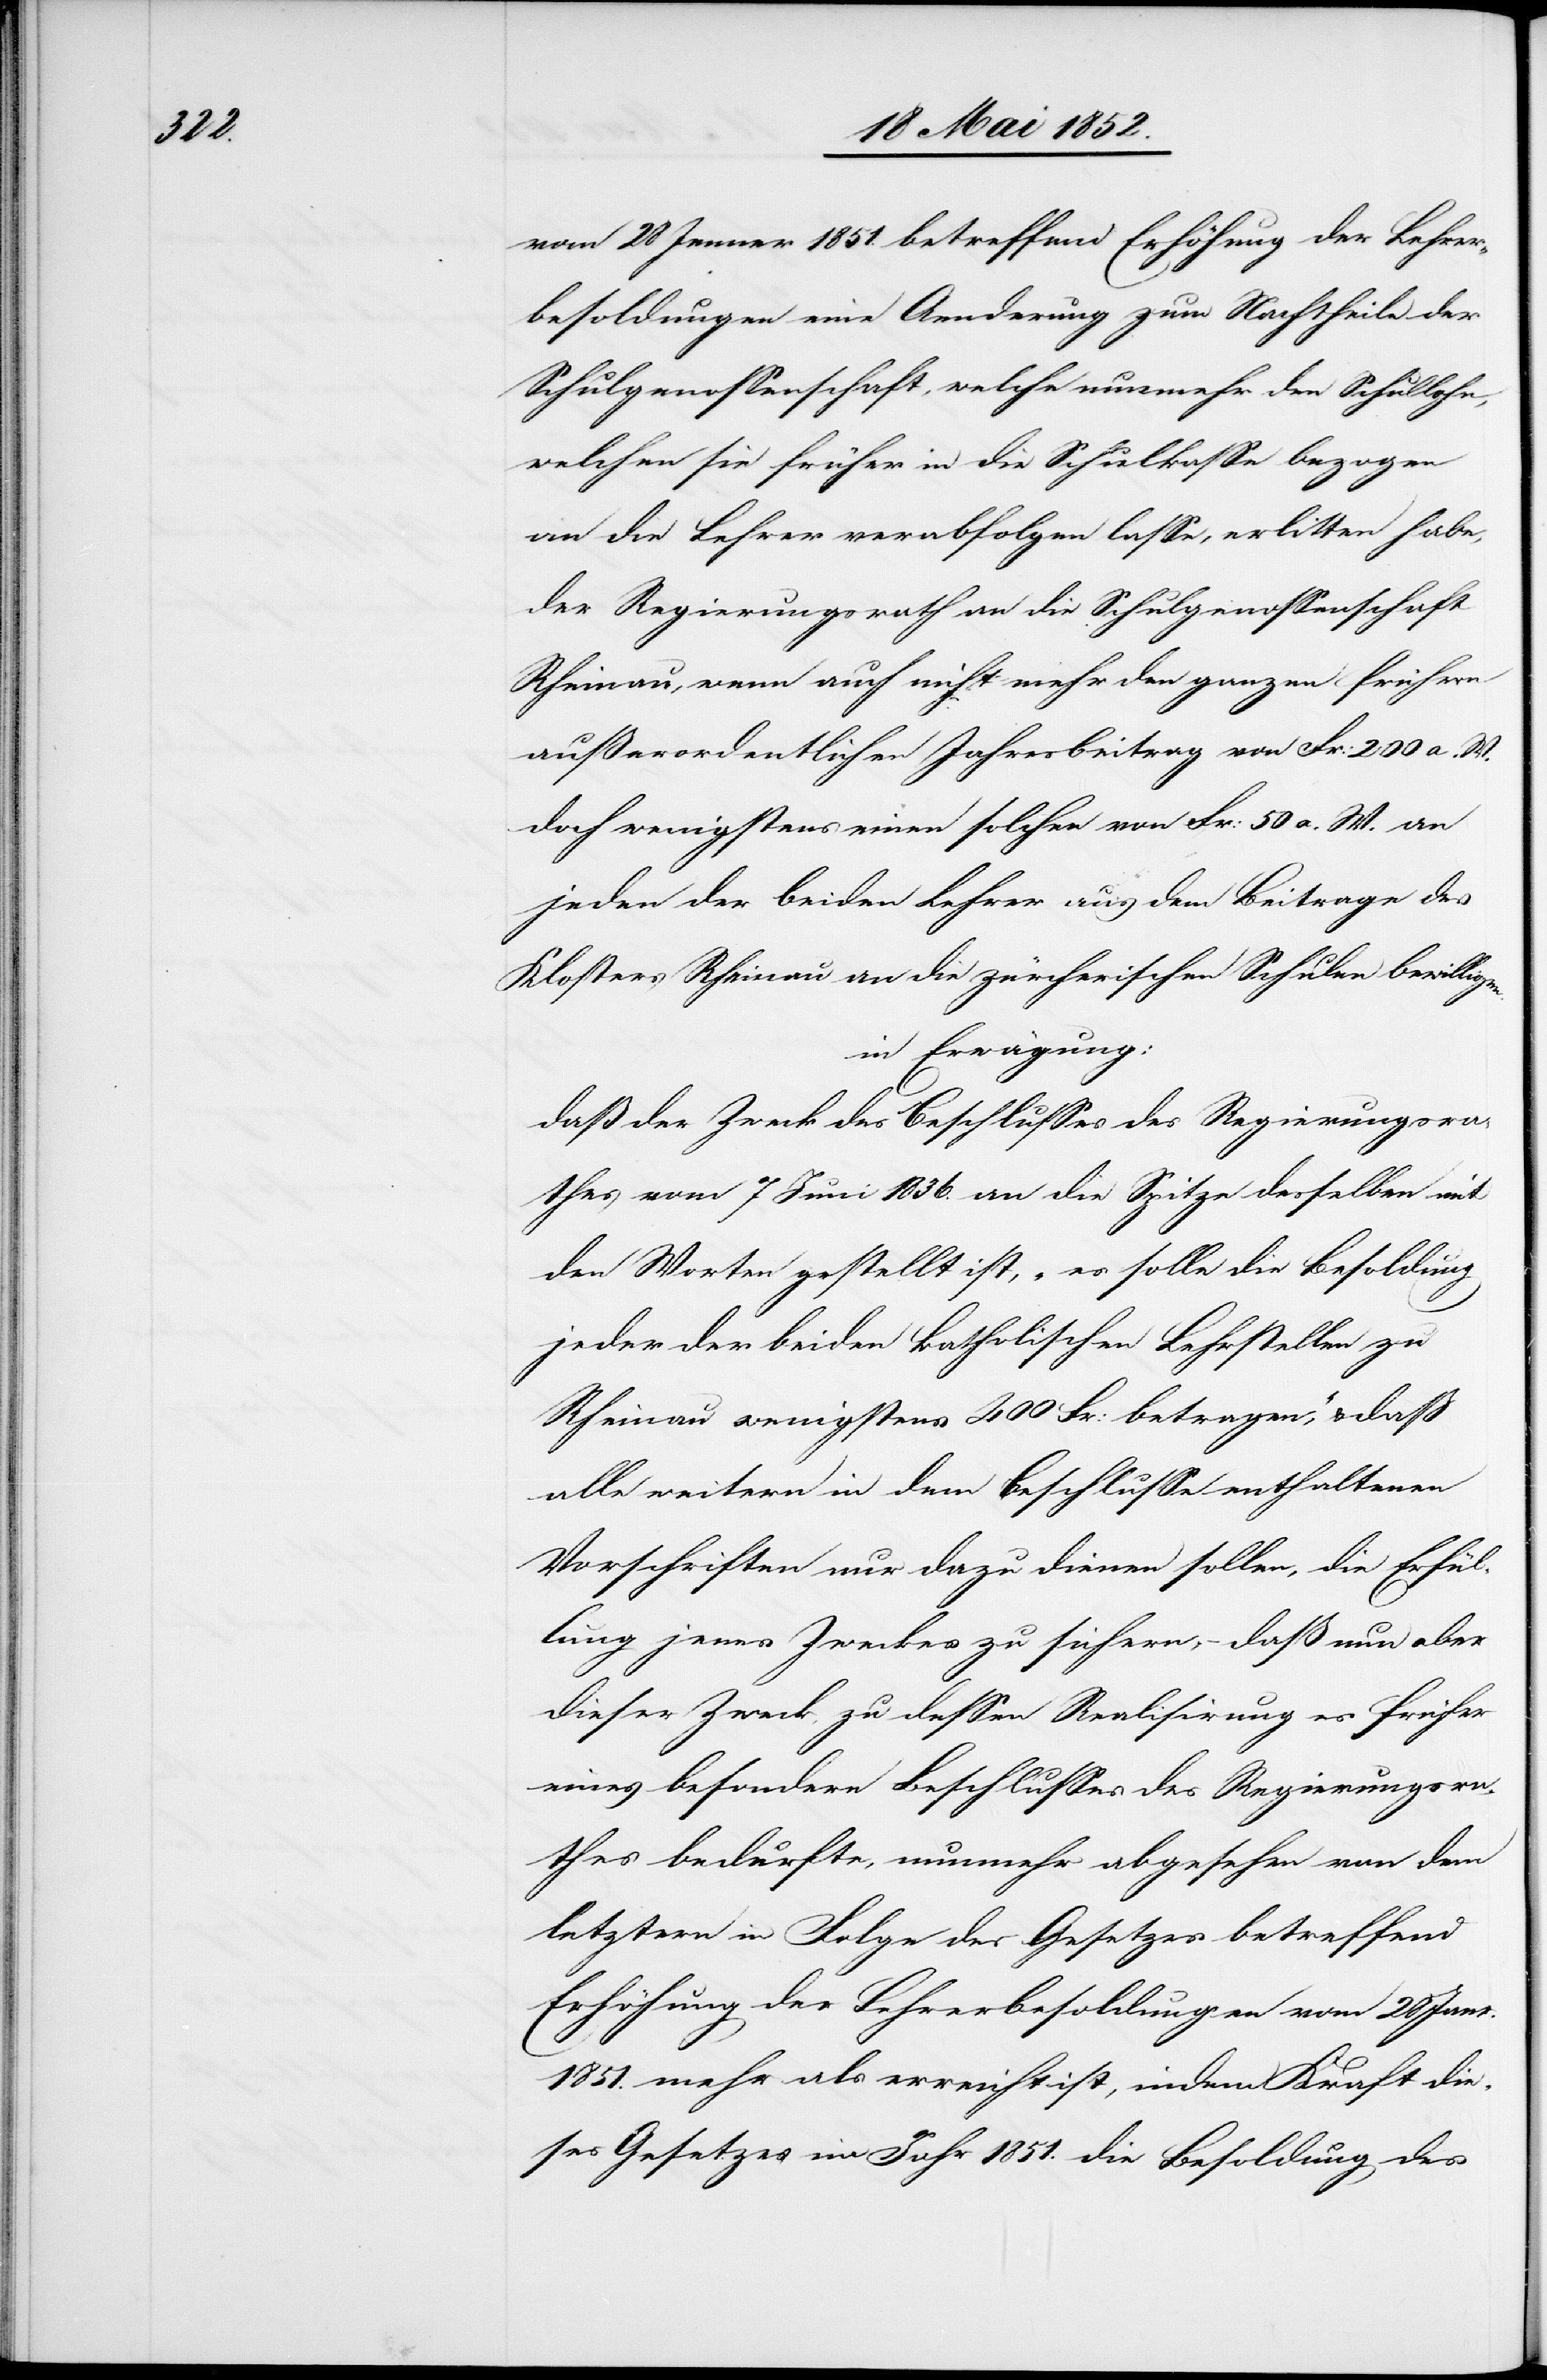
vom 28 Jenner 1851. betreffend Erhöhung der Lehrer¬
besoldungen eine Aenderung zum Nachtheile der
Schulgenossenschaft, welche nunmehr den Schullohn,
welchen sie früher in die Schulkasse bezogen
an die Lehrer verabfolgen lasse, erlitten habe,
der Regierungsrath an die Schulgenossenschaft
Rheinau, wenn auch nicht mehr den ganzen frühern
außerordentlichen Jahresbeitrag von Fr: 200 a. W.
doch wenigstens einen solchen von Fr: 50 a. W. an
jeden der beiden Lehrer aus dem Beitrage des
Klosters Rheinau an die zürcherischen Schulen bewilligen.
in Erwägung:
daß der Zweck des Beschlusses des Regierungsra¬
thes vom 7 Juni 1836. an die Spitze desselben mit
den Worten gestellt ist, „es solle die Besoldung
jeder der beiden katholischen Lehrstellen zu
Rheinau wenigstens 400 Fr: betragen,“ & dass
alle weitern in dem Beschlusse enthaltenen
Vorschriften nur dazu dienen sollen, die Erfül¬
lung jenes Zweckes zu sichern, – daß nun aber
dieser Zweck, zu dessen Realisirung es früher
eines besondern Beschlusses des Regierungsra¬
thes bedurfte, nunmehr abgesehen von dem
letztern in Folge des Gesetzes betreffend
Erhöhung der Lehrerbesoldungen vom 28 Janr.
1851. mehr als erreicht ist, indem Kraft die¬
ses Gesetzes im Jahr 1851. die Besoldung des